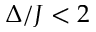
\Delta / J < 2